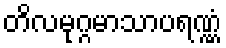
တိလမုဂ္ဂမာသာပရဏ္ဏံ